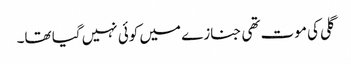
گلی کی موت تھی جنازے میں کوئی نہیں گیا تھا۔